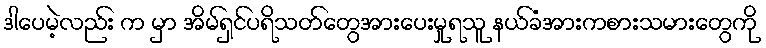
ဒါပေမဲ့လည်း က မှာ အိမ်ရှင်ပရိသတ်တွေအားပေးမှုရသူ နယ်ခံအားကစားသမားတွေကို